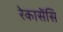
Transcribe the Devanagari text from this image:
रेकासेंसि